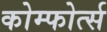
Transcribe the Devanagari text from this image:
कोम्फोर्त्स